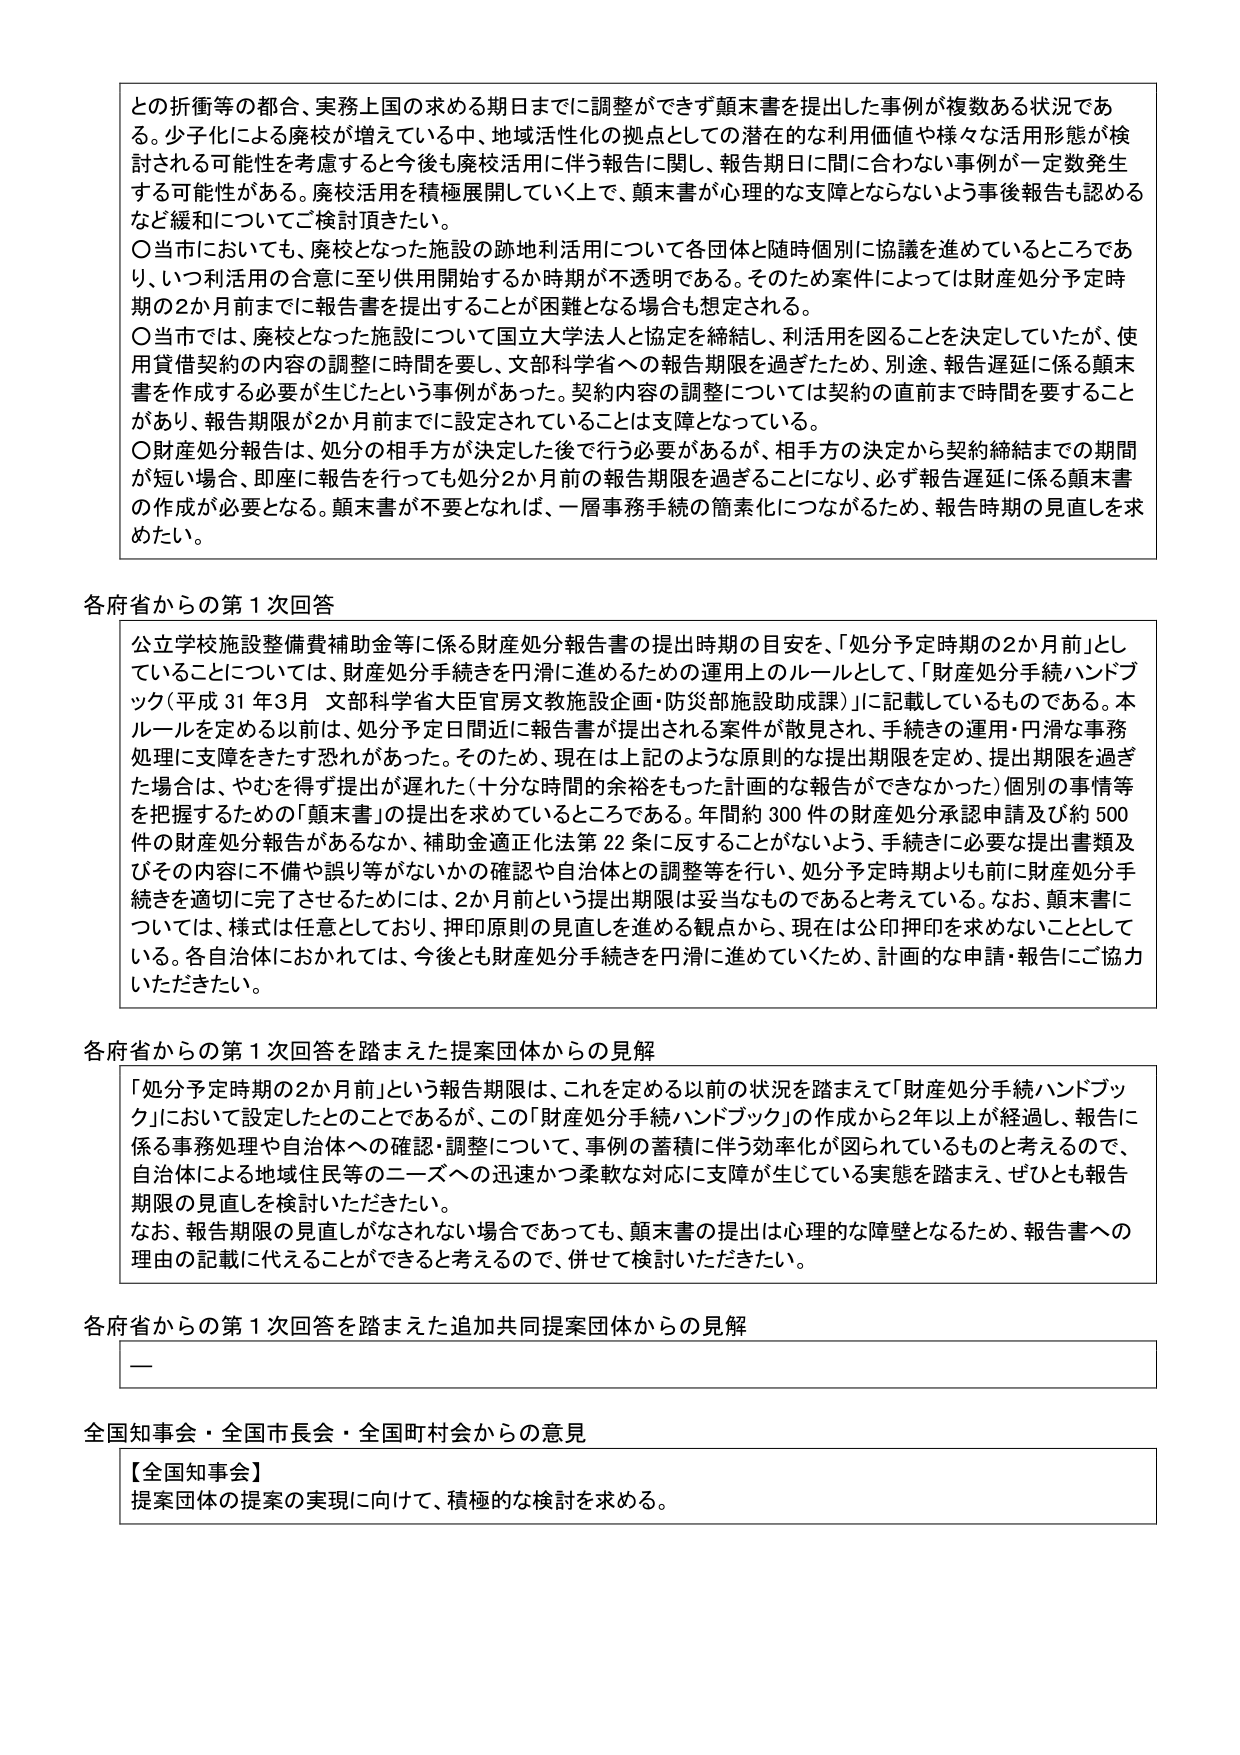
との折衝等の都合、実務上国の求める期日までに調整ができず顛末書を提出した事例が複数ある状況である。少子化による廃校が増えている中、地域活性化の拠点としての潜在的な利用価値や様々な活用形態が検討される可能性を考慮すると今後も廃校活用に伴う報告に関し、報告期日に間に合わない事例が一定数発生する可能性がある。廃校活用を積極展開していく上で、顛末書が心理的な支障とならないよう事後報告も認めるなど緩和についてご検討頂きたい。

〇 当市においても、廃校となった施設の跡地利活用について各団体と随時個別に協議を進めているところであり、いつ利活用の合意に至り供用開始するか時期が不透明である。そのため案件によっては財産処分予定時期の2か月前までに報告書を提出することが困難となる場合も想定される。

〇 当市では、廃校となった施設について国立大学法人と協定を締結し、利活用を図ることを決定していたが、使用貸借契約の内容の調整に時間を要し、文部科学省への報告期限を過ぎたため、別途、報告遅延に係る顛末書を作成する必要が生じたという事例があった。契約内容の調整については契約の直前まで時間を要することがあり、報告期限が2か月前までに設定されていることは支障となっている。

〇 財産処分報告は、処分の相手方が決定した後で行う必要があるが、相手方の決定から契約締結までの期間が短い場合、即座に報告を行っても処分2か月前の報告期限を過ぎることになり、必ず報告遅延に係る顛末書の作成が必要となる。顛末書が不要となれば、一層事務手続の簡素化につながるため、報告時期の見直しを求めたい。

各府省からの第1次回答

公立学校施設整備費補助金等に係る財産処分報告書の提出時期の目安を、「処分予定時期の2か月前」としていることについては、財産処分手続きを円滑に進めるための運用上のルールとして、「財産処分手続きハンドブック（平成31年3月 文部科学省大臣官房文教施設企画・防災部施設助成課）」に記載しているものである。本ルールを定める以前は、処分予定日間近に報告書が提出される案件が散見され、手続きの運用・円滑な事務処理に支障をきたす恐れがあった。そのため、現在は上記のような原則的な提出期限を定め、提出期限を過ぎた場合は、やむを得ず提出が遅れた（十分な時間の余裕をもった計画的な報告ができなかった）個別の事情等を把握するための「顛末書」の提出を求めているところである。年間約300件の財産処分承認申請及び約500件の財産処分報告があるなか、補助金適正化法第22条に反することがないよう、手続きに必要な提出書類及びその内容に不備や誤り等がないかの確認や自治体との調整等を行い、処分予定時期よりも前に財産処分手続きを適切に完了させるためには、2か月前という提出期限は妥当なものであると考えている。なお、顛末書については、様式は任意としており、押印原則の見直しを進める観点から、現在は公印押印を求めないこととしている。各自治体におかれましては、今後とも財産処分手続きを円滑に進めていくため、計画的な申請・報告にご協力いただきたい。

各府省からの第1次回答を踏まえた提案団体からの見解

「処分予定時期の2か月前」という報告期限は、これを定める以前の状況を踏まえて「財産処分手続きハンドブック」において設定したものであるが、この「財産処分手続きハンドブック」の作成から2年以上が経過し、報告に係る事務処理や自治体への確認・調整について、事例の蓄積に伴う効率化が図られているものと考えるので、自治体による地域住民等のニーズへの迅速かつ柔軟な対応に支障が生じている実態を踏まえ、ぜひとも報告期限の見直しを検討いただきたい。

なお、報告期限の見直しがなされない場合であっても、顛末書の提出は心理的な障壁となるため、報告書への理由の記載に代えることができると考えるので、併せて検討いただきたい。

各府省からの第1次回答を踏まえた追加共同提案団体からの見解

—

全国知事会・全国市長会・全国町村会からの意見

【全国知事会】
提案団体の提案の実現に向けて、積極的な検討を求める。